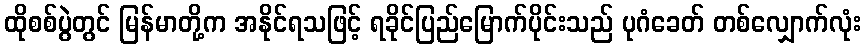
ထိုစစ်ပွဲတွင် မြန်မာတို့က အနိုင်ရသဖြင့် ရခိုင်ပြည်မြောက်ပိုင်းသည် ပုဂံခေတ် တစ်လျှောက်လုံး